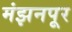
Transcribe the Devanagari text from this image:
मंझनपूर